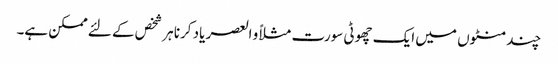
چند منٹوں میں ایک چھوٹی سورت مثلاً و العصر یاد کرنا ہر شخص کے لئے ممکن ہے۔